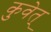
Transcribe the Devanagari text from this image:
कुवेत्